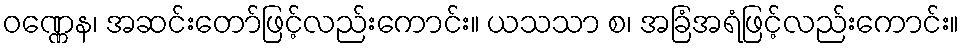
ဝဏ္ဏေန၊ အဆင်းတော်ဖြင့်လည်းကောင်း။ ယသသာ စ၊ အခြံအရံဖြင့်လည်းကောင်း။